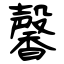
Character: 馨